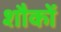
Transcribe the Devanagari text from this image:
शौकों